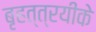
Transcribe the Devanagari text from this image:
बृहत्त्रयीके